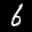
Label: 6